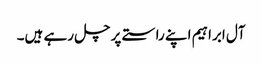
آل ابراہیم اپنے راستے پر چل رہے ہیں۔